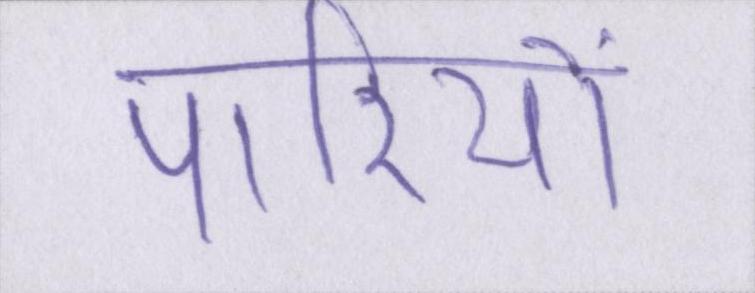
पारियों